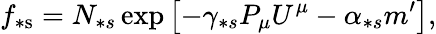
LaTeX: f_{\ast\mathrm{s}}=N_{\ast s}\exp\left[-\gamma_{\ast s}P_{\mu}U^{\mu}-\alpha_{\ast s}m^{\prime}\right],